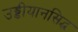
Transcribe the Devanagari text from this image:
उड्डीयानसिद्ध